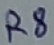
Text: R8